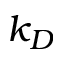
k _ { D }